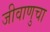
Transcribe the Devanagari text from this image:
जीवाणुचा